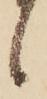
候